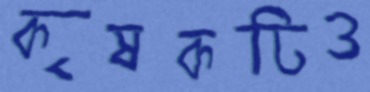
কৃষকটিও